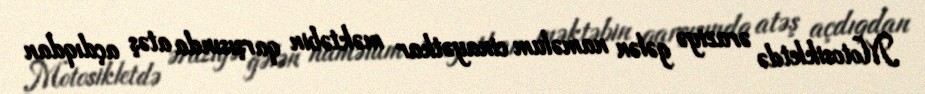
Motosikletdə əraziyə gələn naməlum cinayətkar məktəbin qarşısında atəş açdıqdan